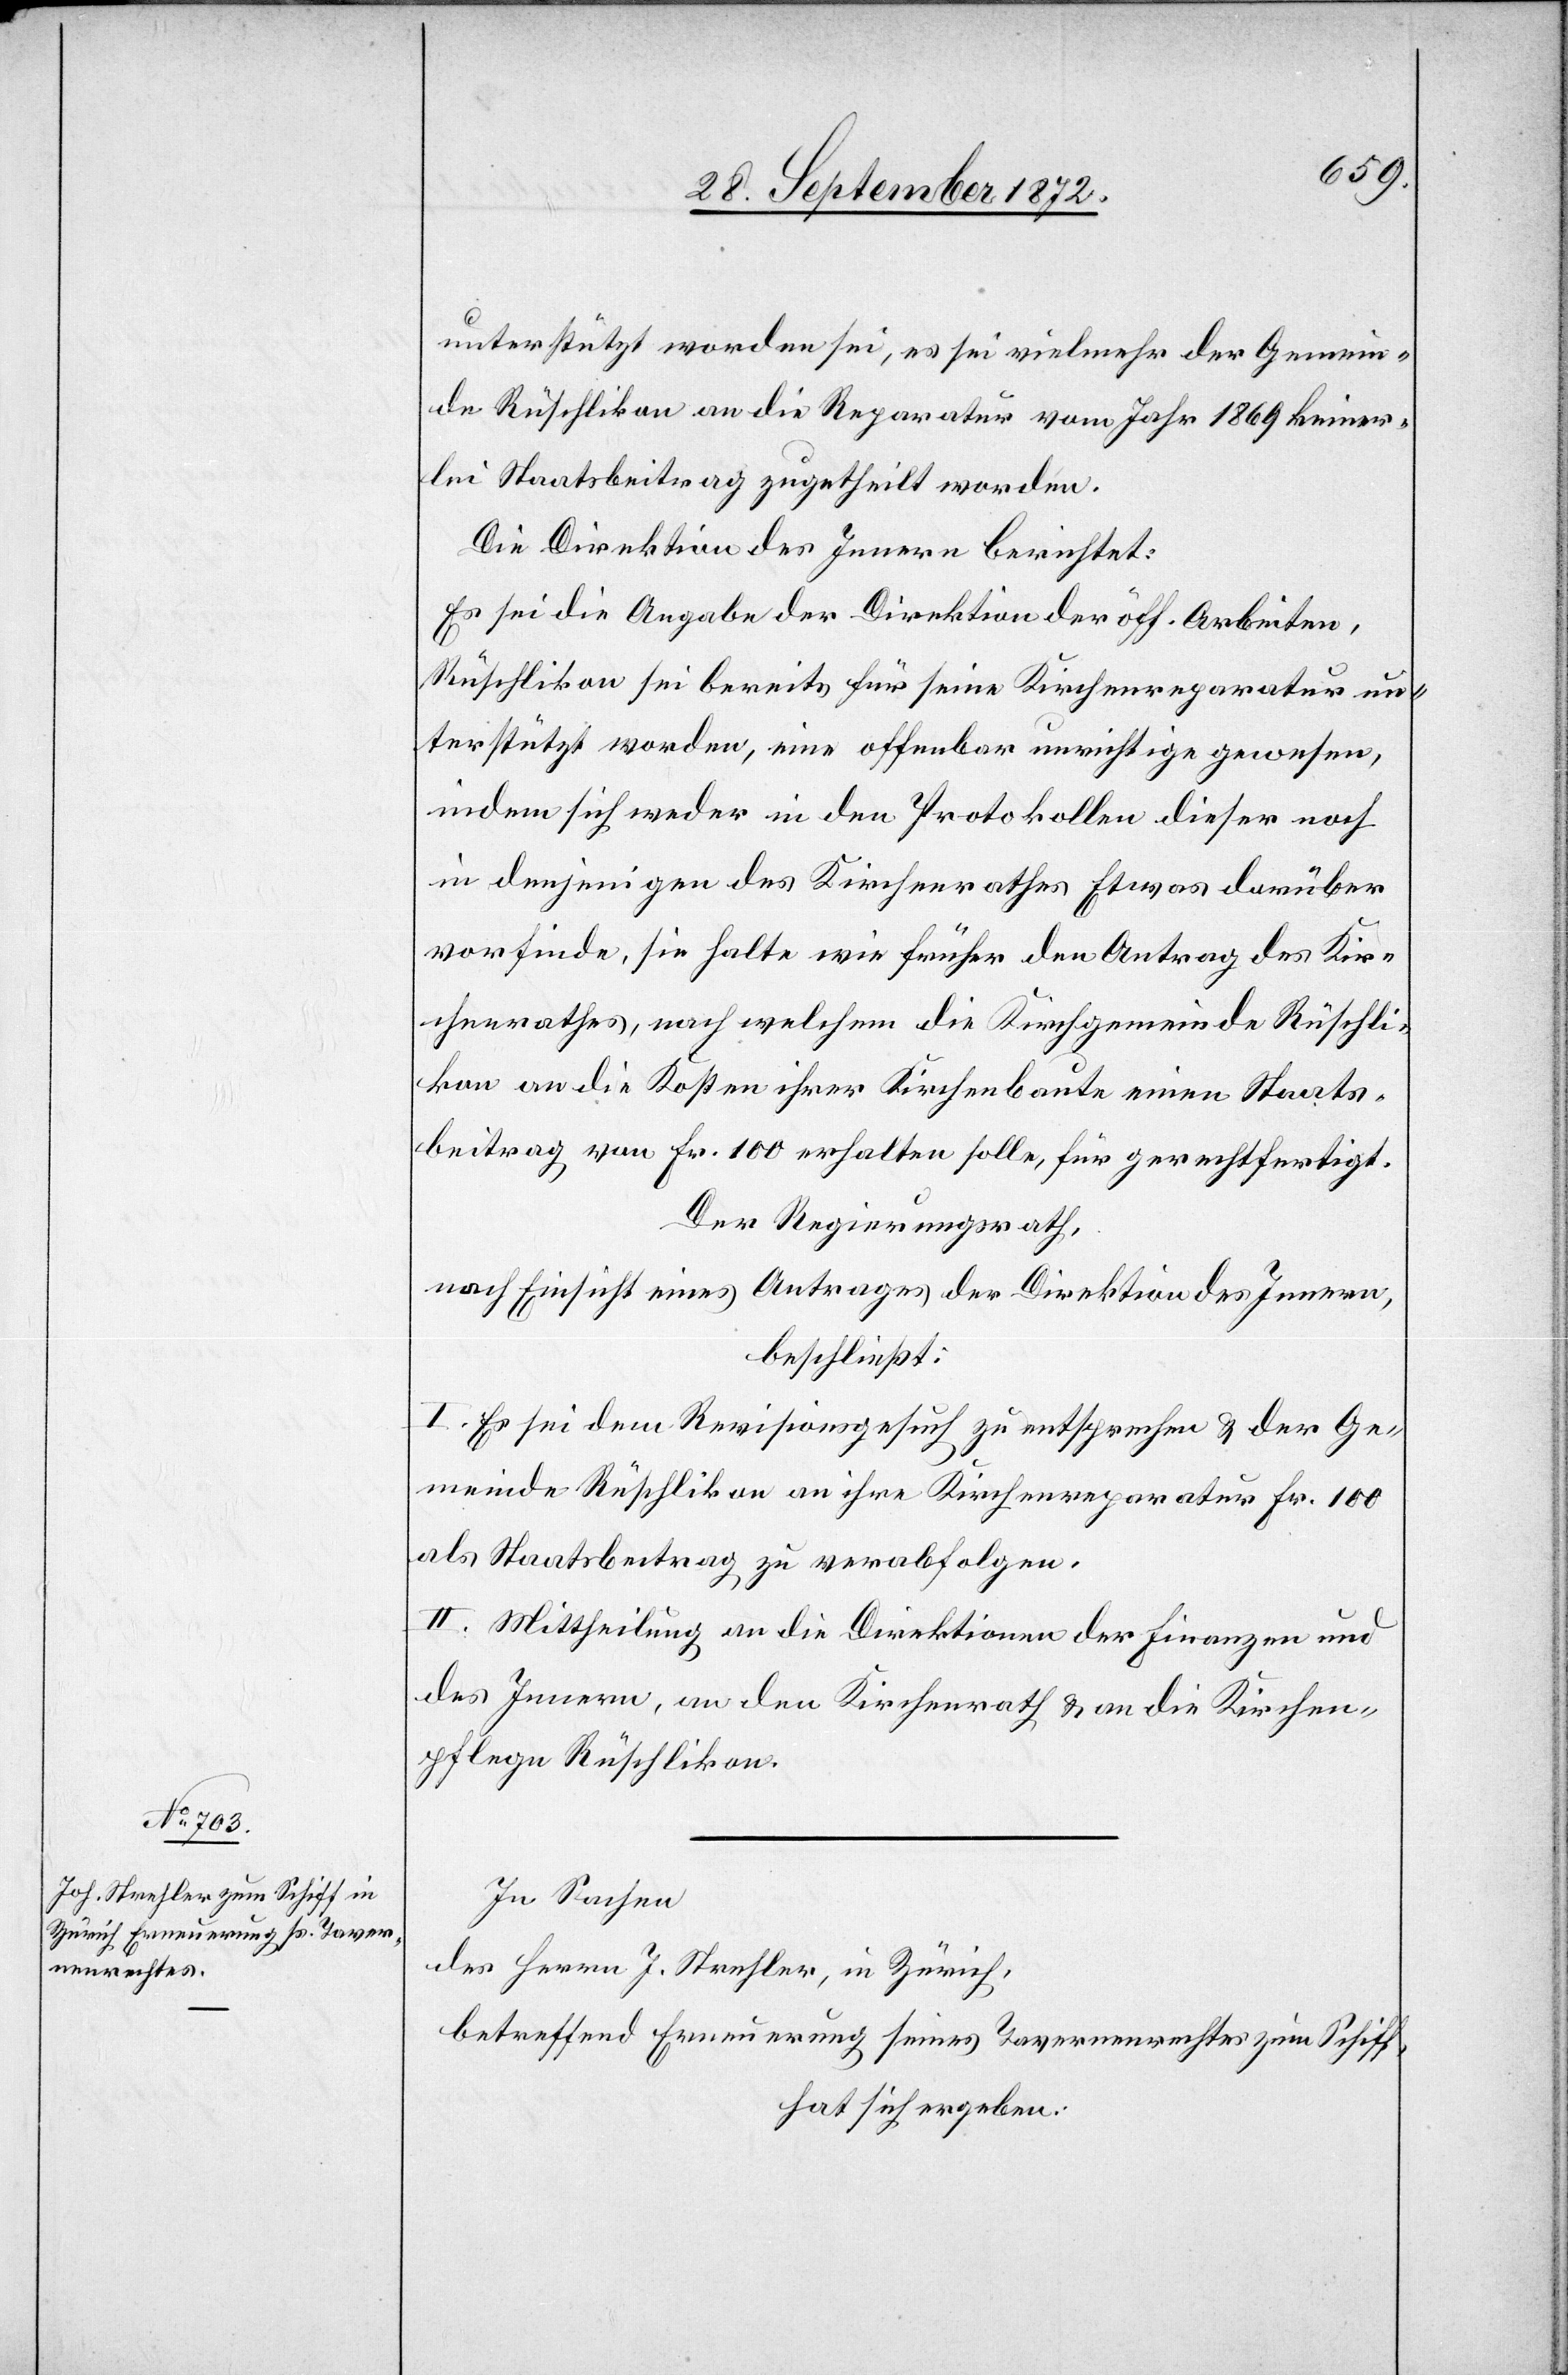
unterstützt worden sei, es sei vielmehr der Gemein¬
de Rüschlikon an die Reparatur vom Jahr 1869 keiner¬
lei Staatsbeitrag zugetheilt worden.
Die Direktion des Innern berichtet:
Es sei die Angabe der Direktion der öff. Arbeiten,
Rüschlikon sei bereits für seine Kirchenreparatur un¬
terstützt worden, eine offenbar unrichtige gewesen,
indem sich weder in den Protokollen dieser noch
in denjenigen des Kirchenrathes Etwas darüber
vorfinde, sie halte wie früher den Antrag des Kir¬
chenrathes, nach welchem die Kirchgemeinde Rüschli¬
kon an die Kosten ihrer Kirchenbaute einen Staats¬
beitrag von Fr. 100 erhalten solle, für gerechtfertigt.
Der Regierungsrath,
nach Einsicht eines Antrages der Direktion des Innern,
beschließt:
I. Es sei dem Revisionsgesuch zu entsprechen u. der Ge¬
meinde Rüschlikon an ihre Kirchenreparatur Fr. 100
als Staatsbeitrag zu verabfolgen.
II. Mittheilung an die Direktionen der Finanzen und
des Innern, an den Kirchenrath u. an die Kirchen¬
pflege Rüschlikon.
In Sachen
des Herrn J. Strehler, in Zürich,
betreffend Erneuerung seines Tavernenrechtes zum Schiff,
hat sich ergeben: